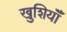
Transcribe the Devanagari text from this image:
खुशियॉँ